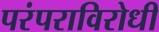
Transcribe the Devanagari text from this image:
परंपराविरोधी